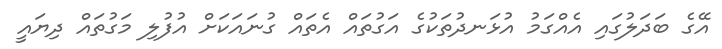
އޭގެ ބަދަލުގައި އެއްގަމު އުޅަނދުތަކުގެ އަގުތައް އެތައް ގުނައަކަށް އުފުލި މަގުތައް ދިޔައީ